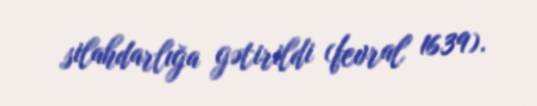
silahdarlığa gətirildi (fevral 1639).